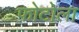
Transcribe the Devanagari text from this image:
फोटोला